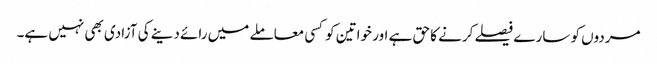
مردوں کو سارے فیصلے کرنے کا حق ہے اور خواتین کوکسی معاملے میں رائے دینے کی آزادی بھی نہیں ہے۔